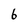
Character: 6